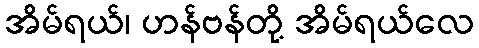
အိမ်ရယ်၊ ဟန်ဗန်တို့ အိမ်ရယ်လေ